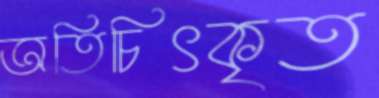
অতিচিৎকৃত